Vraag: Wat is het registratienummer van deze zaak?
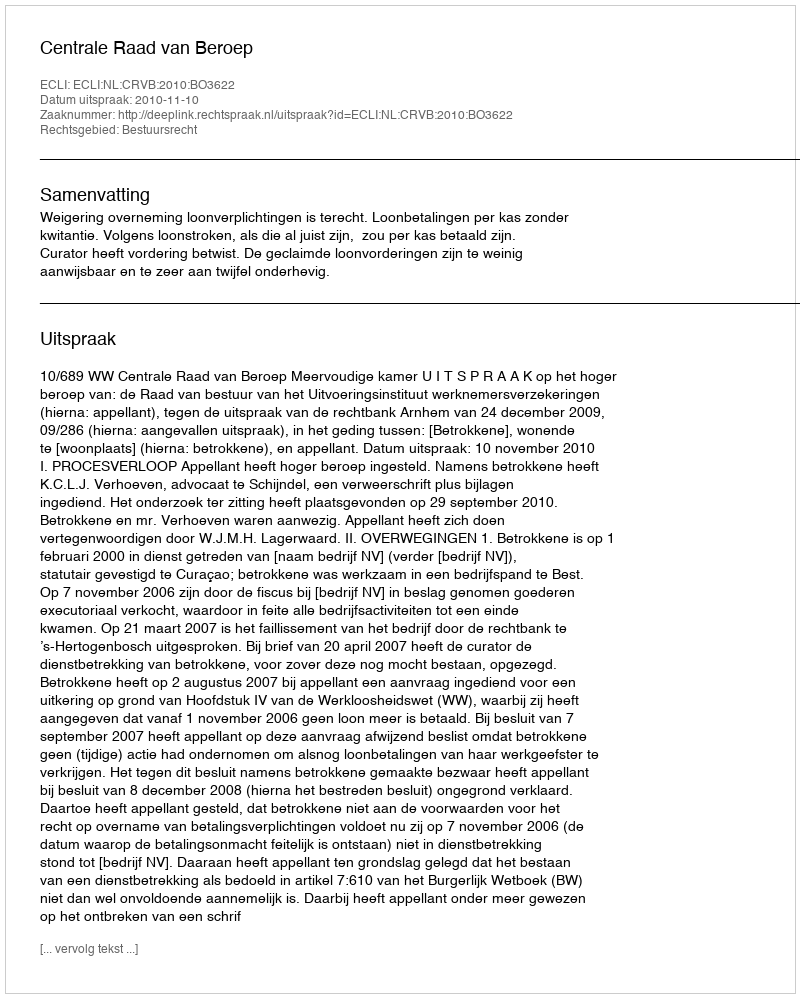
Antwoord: http://deeplink.rechtspraak.nl/uitspraak?id=ECLI:NL:CRVB:2010:BO3622